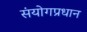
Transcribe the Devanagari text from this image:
संयोगप्रधान